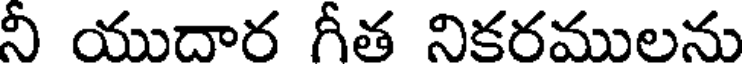
నీ యుదార గీత నికరములను